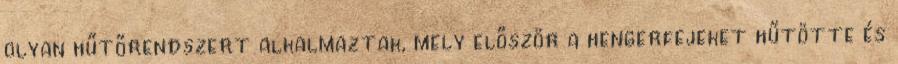
olyan hűtőrendszert alkalmaztak, mely először a hengerfejeket hűtötte és